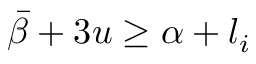
\bar { \beta } + 3 u \ge \alpha + l _ { i }